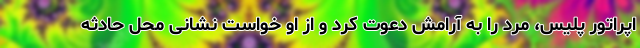
اپراتور پلیس، مرد را به آرامش دعوت کرد و از او خواست نشانی محل حادثه